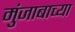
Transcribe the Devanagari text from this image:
मुंजाबाच्या